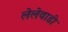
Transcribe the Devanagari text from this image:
लेलेवाडी